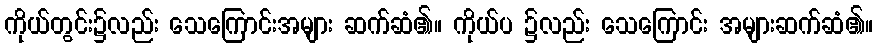
ကိုယ်တွင်း၌လည်း သေကြောင်းအများ ဆက်ဆံ၏။ ကိုယ်ပ ၌လည်း သေကြောင်း အများဆက်ဆံ၏။